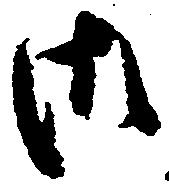
御